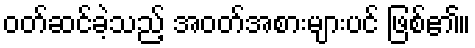
ဝတ်ဆင်ခဲ့သည့် အဝတ်အစားများပင် ဖြစ်၏။